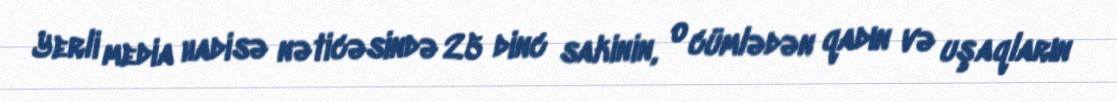
Yerli media hadisə nəticəsində 25 dinc sakinin, o cümlədən qadın və uşaqların